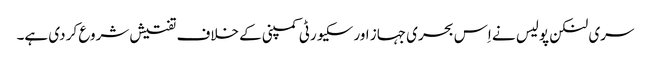
سری لنکن پولیس نے اِس بحری جہاز اور سکیورٹی کمپنی کے خلاف تفتیش شروع کر دی ہے۔